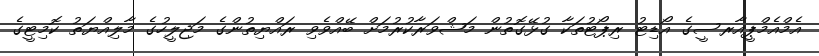
އެމްއެމްޕީއާރސީގެ އޯޑިޓު ރިޕޯޓުތަކާ ގުޅޭގޮތުން މަޝްވަރާކުރުމަށް ބޭއްވެވި ރައްޔިތުންގެ މަޖިލީހުގެ މާލިއްޔަތު ކޮމިޓީގެ